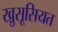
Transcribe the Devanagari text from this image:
खु़सूसियत